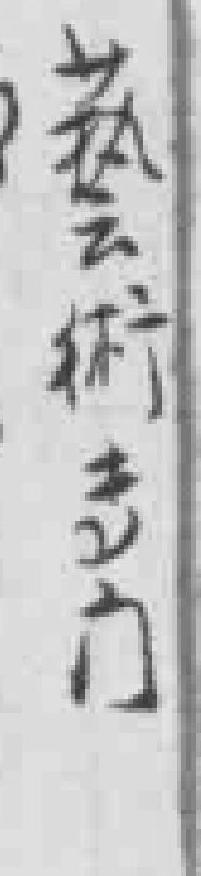
藝術*门